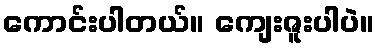
ကောင်းပါတယ်။ ကျေးဇူးပါပဲ။